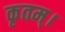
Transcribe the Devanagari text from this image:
कृतम्।